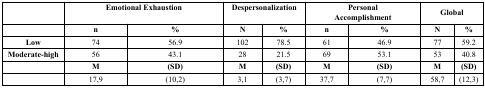
|  | <COLSPAN=2> Emotional Exhaustion | <COLSPAN=2> Despersonalization | <COLSPAN=2> PersonalAccomplishment | <COLSPAN=2> Global |
 | --- | --- | --- | --- | --- | --- | --- | --- | --- |
 |  | n | % | N | % | n | % | N | % |
 | Low | 74 | 56.9 | 102 | 78.5 | 61 | 46.9 | 77 | 59.2 |
 | Moderate-high | 56 | 43.1 | 28 | 21.5 | 69 | 53.1 | 53 | 40.8 |
 |  | M | (SD) | M | (SD) | M | (SD) | M | (SD) |
 |  | 17,9 | (10,2) | 3,1 | (3,7) | 37,7 | (7,7) | 58,7 | (12,3) |